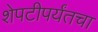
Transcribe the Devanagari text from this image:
शेपटीपर्यंतचा